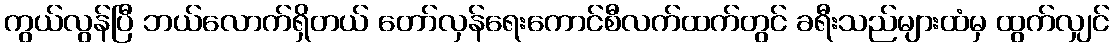
ကွယ်လွန်ပြီ ဘယ်လောက်ရှိတယ် တော်လှန်ရေးကောင်စီလက်ထက်တွင် ခရီးသည်များထံမှ ထွက်လျှင်